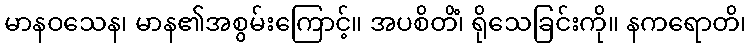
မာနဝသေန၊ မာန၏အစွမ်းကြောင့်။ အပစိတိံ၊ ရိုသေခြင်းကို။ နကရောတိ၊